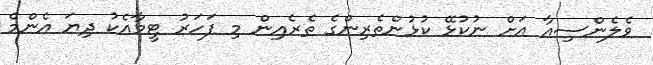
ވެލެންސިއާ އަށް ނުކުޅޭ ކުޅުންތެރިންގެ ތެރެއިން މި ފަހަރު ޓީމާއެކު ދިޔަ އެންމެ